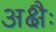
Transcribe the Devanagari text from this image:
अक्षैः